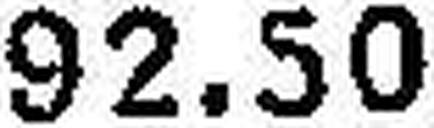
92.50